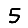
Digit: 5